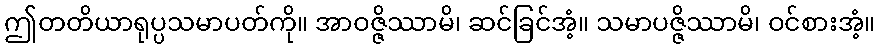
ဤတတိယာရုပ္ပသမာပတ်ကို။ အာဝဇ္ဇိဿာမိ၊ ဆင်ခြင်အံ့။ သမာပဇ္ဇိဿာမိ၊ ဝင်စားအံ့။